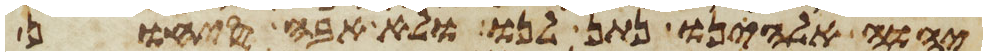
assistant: יהוה אלהינו נתן לנו ולא אבה סיחון